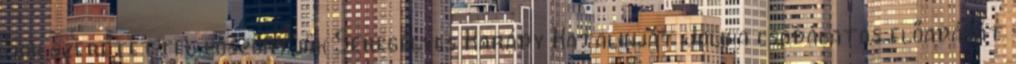
Sok szeretettel köszöntjük Seregélyes Karády Katalinját Jolika csodálatos előadását